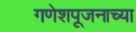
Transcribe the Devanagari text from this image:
गणेशपूजनाच्या